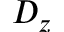
D _ { z }